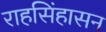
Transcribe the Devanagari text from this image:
राहसिंहासन